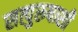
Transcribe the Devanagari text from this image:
सत्पुरुषाशी